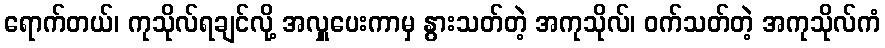
ရောက်တယ်၊ ကုသိုလ်ရချင်လို့ အလှူပေးကာမှ နွားသတ်တဲ့ အကုသိုလ်၊ ဝက်သတ်တဲ့ အကုသိုလ်ကံ